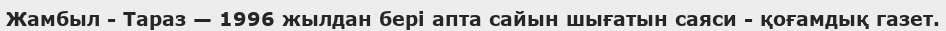
Жамбыл - Тараз — 1996 жылдан бері апта сайын шығатын саяси - қоғамдық газет.